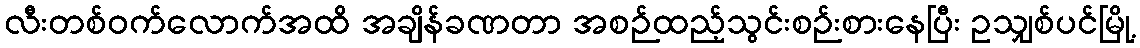
လီးတစ်ဝက်လောက်အထိ အချိန်ခဏတာ အစဉ်ထည့်သွင်းစဉ်းစားနေပြီး ဥသျှစ်ပင်မြို့